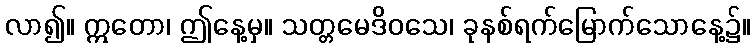
လာ၍။ ဣတော၊ ဤနေ့မှ။ သတ္တမေဒိဝသေ၊ ခုနစ်ရက်မြောက်သောနေ့၌။